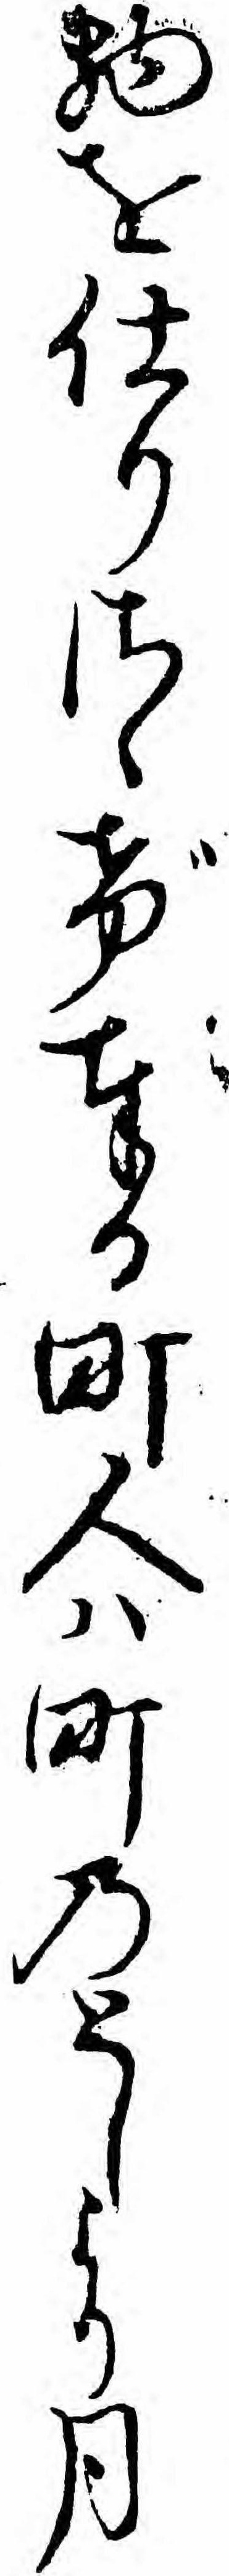
物を仕りさゝげ奉る町人ハ町のとしより月